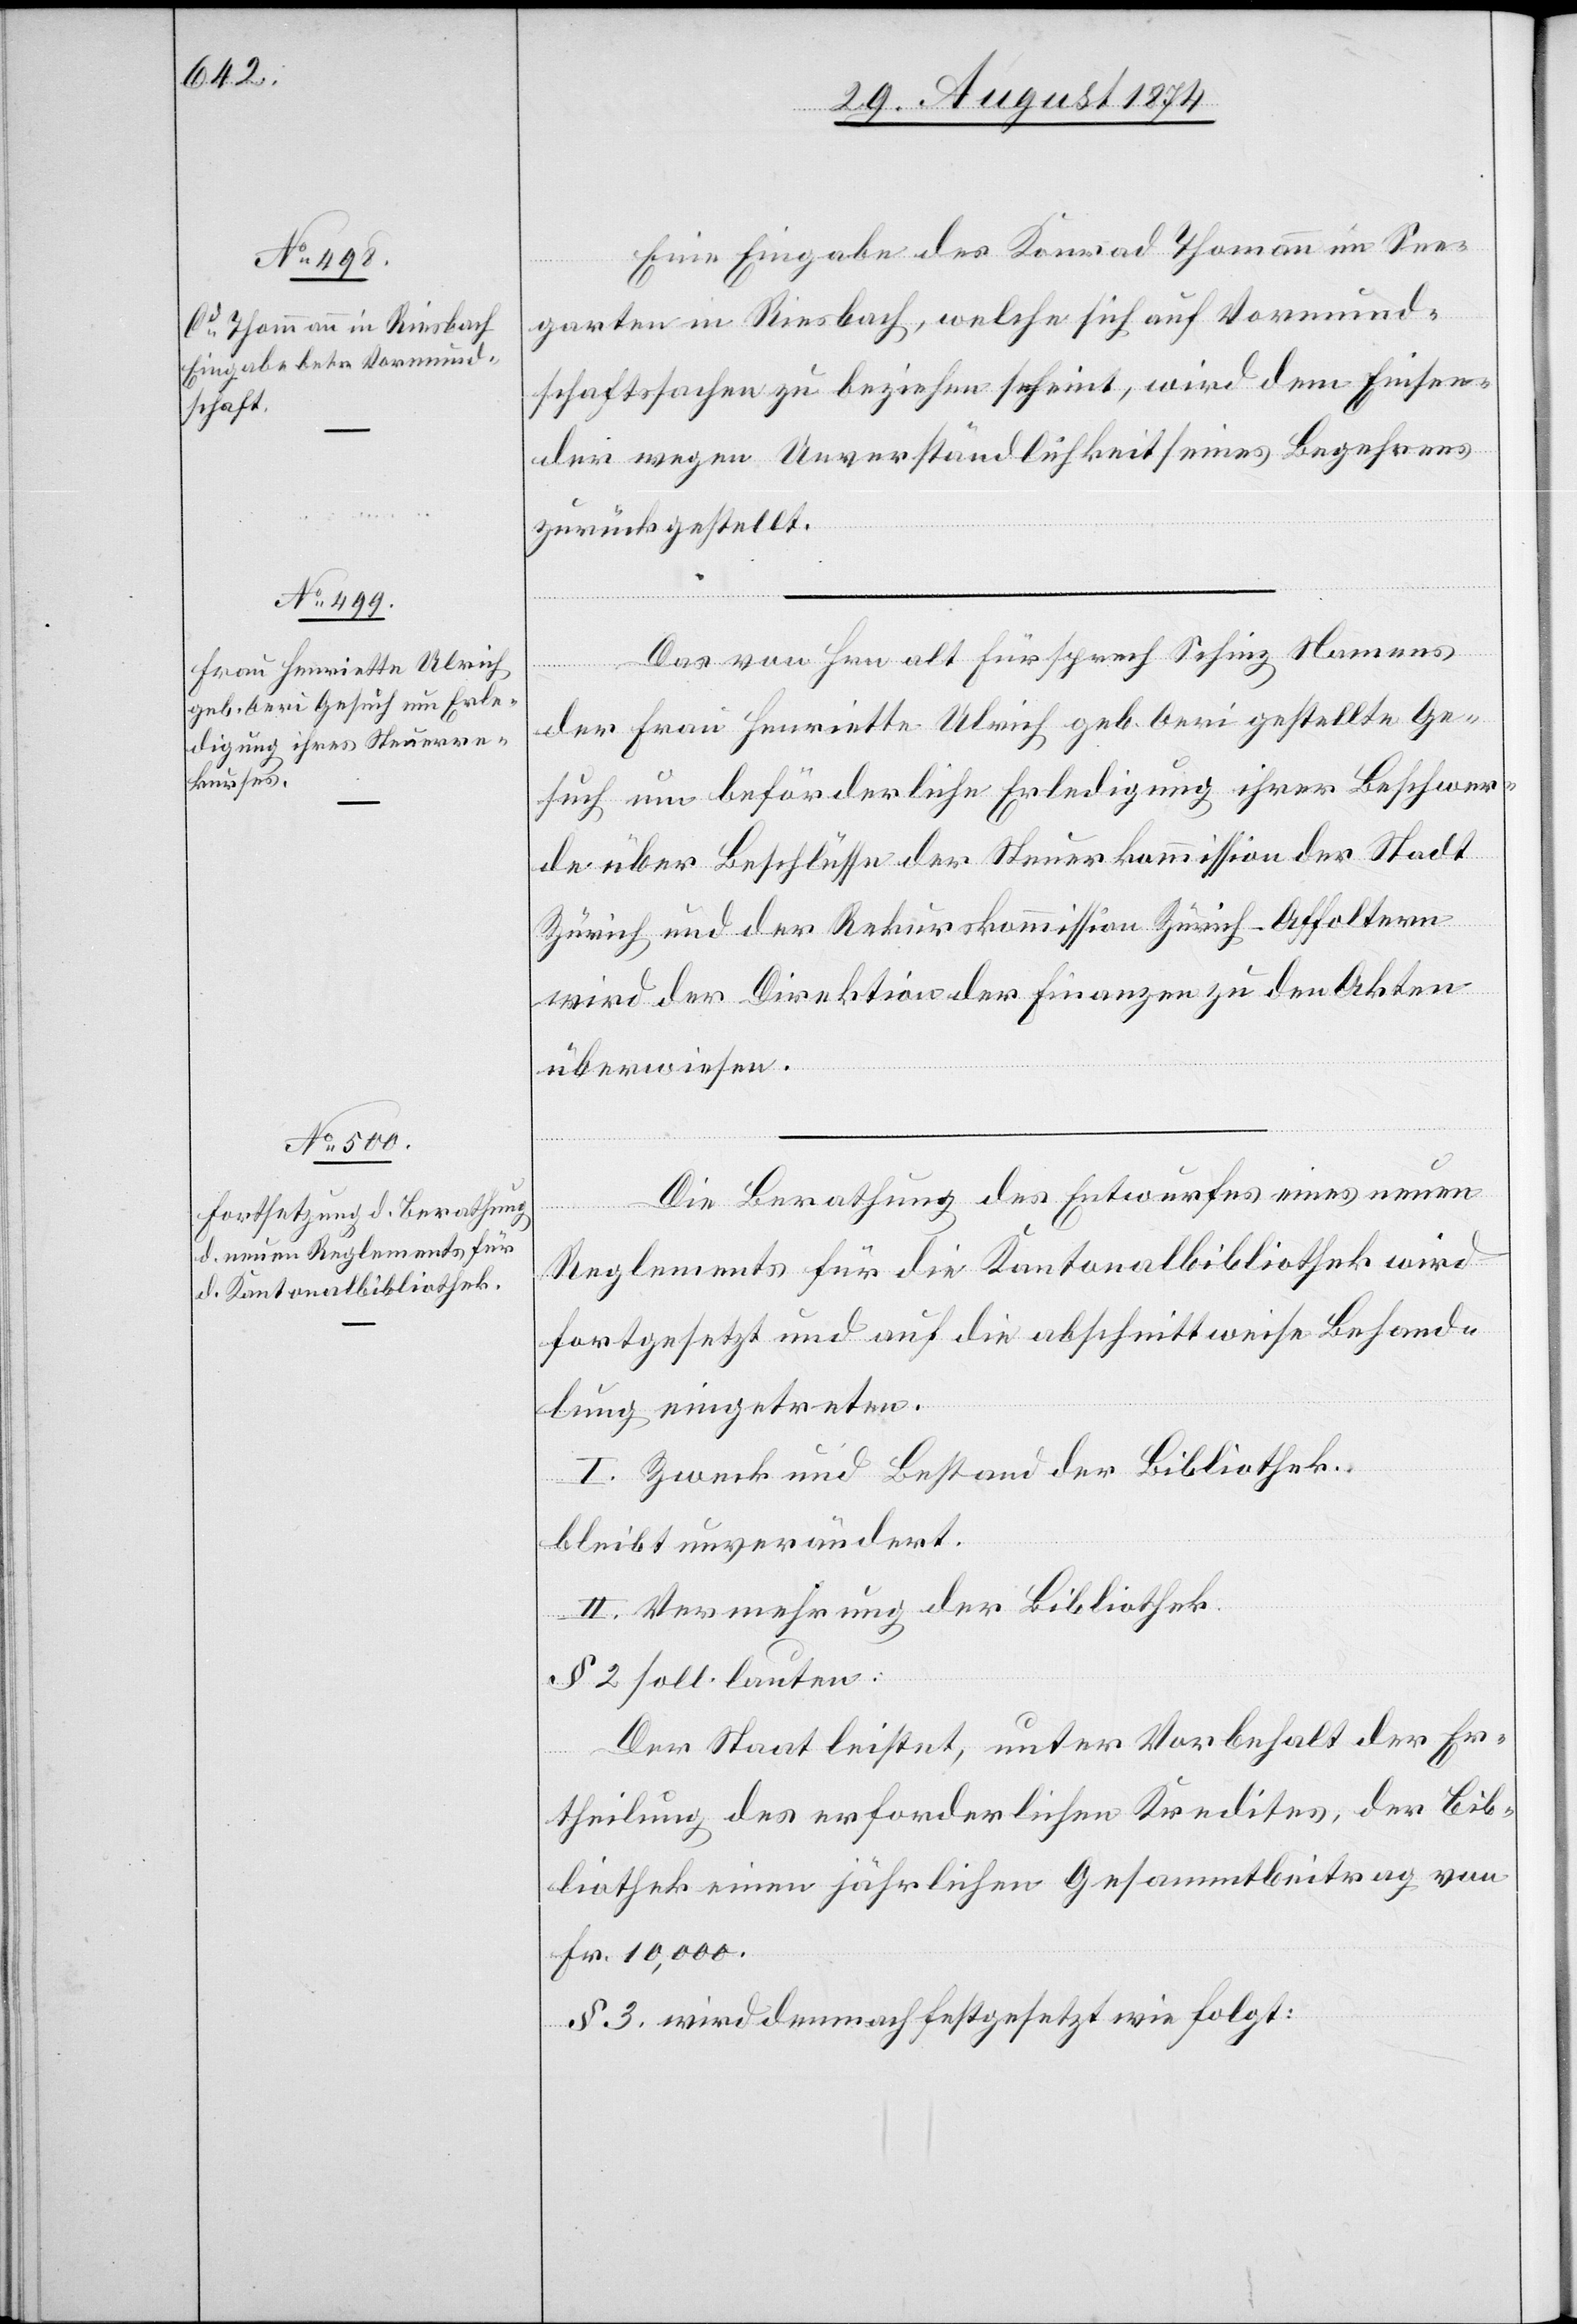
See¬

Eine Eingabe des Konrad Thomann [sic!]
garten in Riesbach, welche sich auf Vormund¬
schaftssachen zu beziehen scheint, wird dem Einsen¬
der wegen Unverständlichkeit seines Begehrens
zurückgestellt.
Das von Hrn. alt Fürsprech Schinz Namens
der Frau Henriette Ulrich geb. Oeri gestellte Ge¬
such um beförderliche Erledigung ihrer Beschwer¬
de über Beschlüsse der Steuerkommission der Stadt
Zürich und der Rekurskommission Zürich-Affoltern
wird der Direktion der Finanzen zu den Akten
überwiesen.
Die Berathung des Entwurfes eines neuen
Reglements für die Kantonalbibliothek wird
fortgesetzt und auf die abschnittweise Behand¬
lung eingetreten.
I. Zweck und Bestand der Bibliothek
bleibt unverändert.
II. Vermehrung der Bibliothek.
§ 2. soll lauten:
Der Staat leistet, unter Vorbehalt der Er¬
theilung des erforderlichen Kredites, der Bib¬
liothek einen jährlichen Gesammtbeitrag von
Fr. 10,000.
§ 3. wird demnach festgesetzt wie folgt: